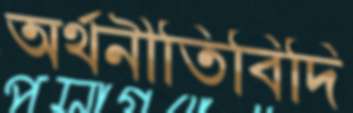
অর্থনীতিবিদি